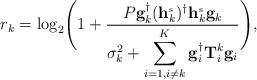
LaTeX: \begin{align*}r_{k}=\log_2\Biggl(1+\frac{P\mathbf{g}_{k}^{\dagger}(\mathbf{h}_{k}^{\mbox{\tiny{s}}})^{\dagger}\mathbf{h}_{k}^{\mbox{\tiny{s}}}\mathbf{g}_{k}}{\sigma_{k}^{2}+{\displaystyle \sum_{i=1, i\neq k}^{K}\mathbf{g}_{i}^{\dagger}\mathbf{T}^k_{i}\mathbf{g}_{i}}}\Biggr),\end{align*}